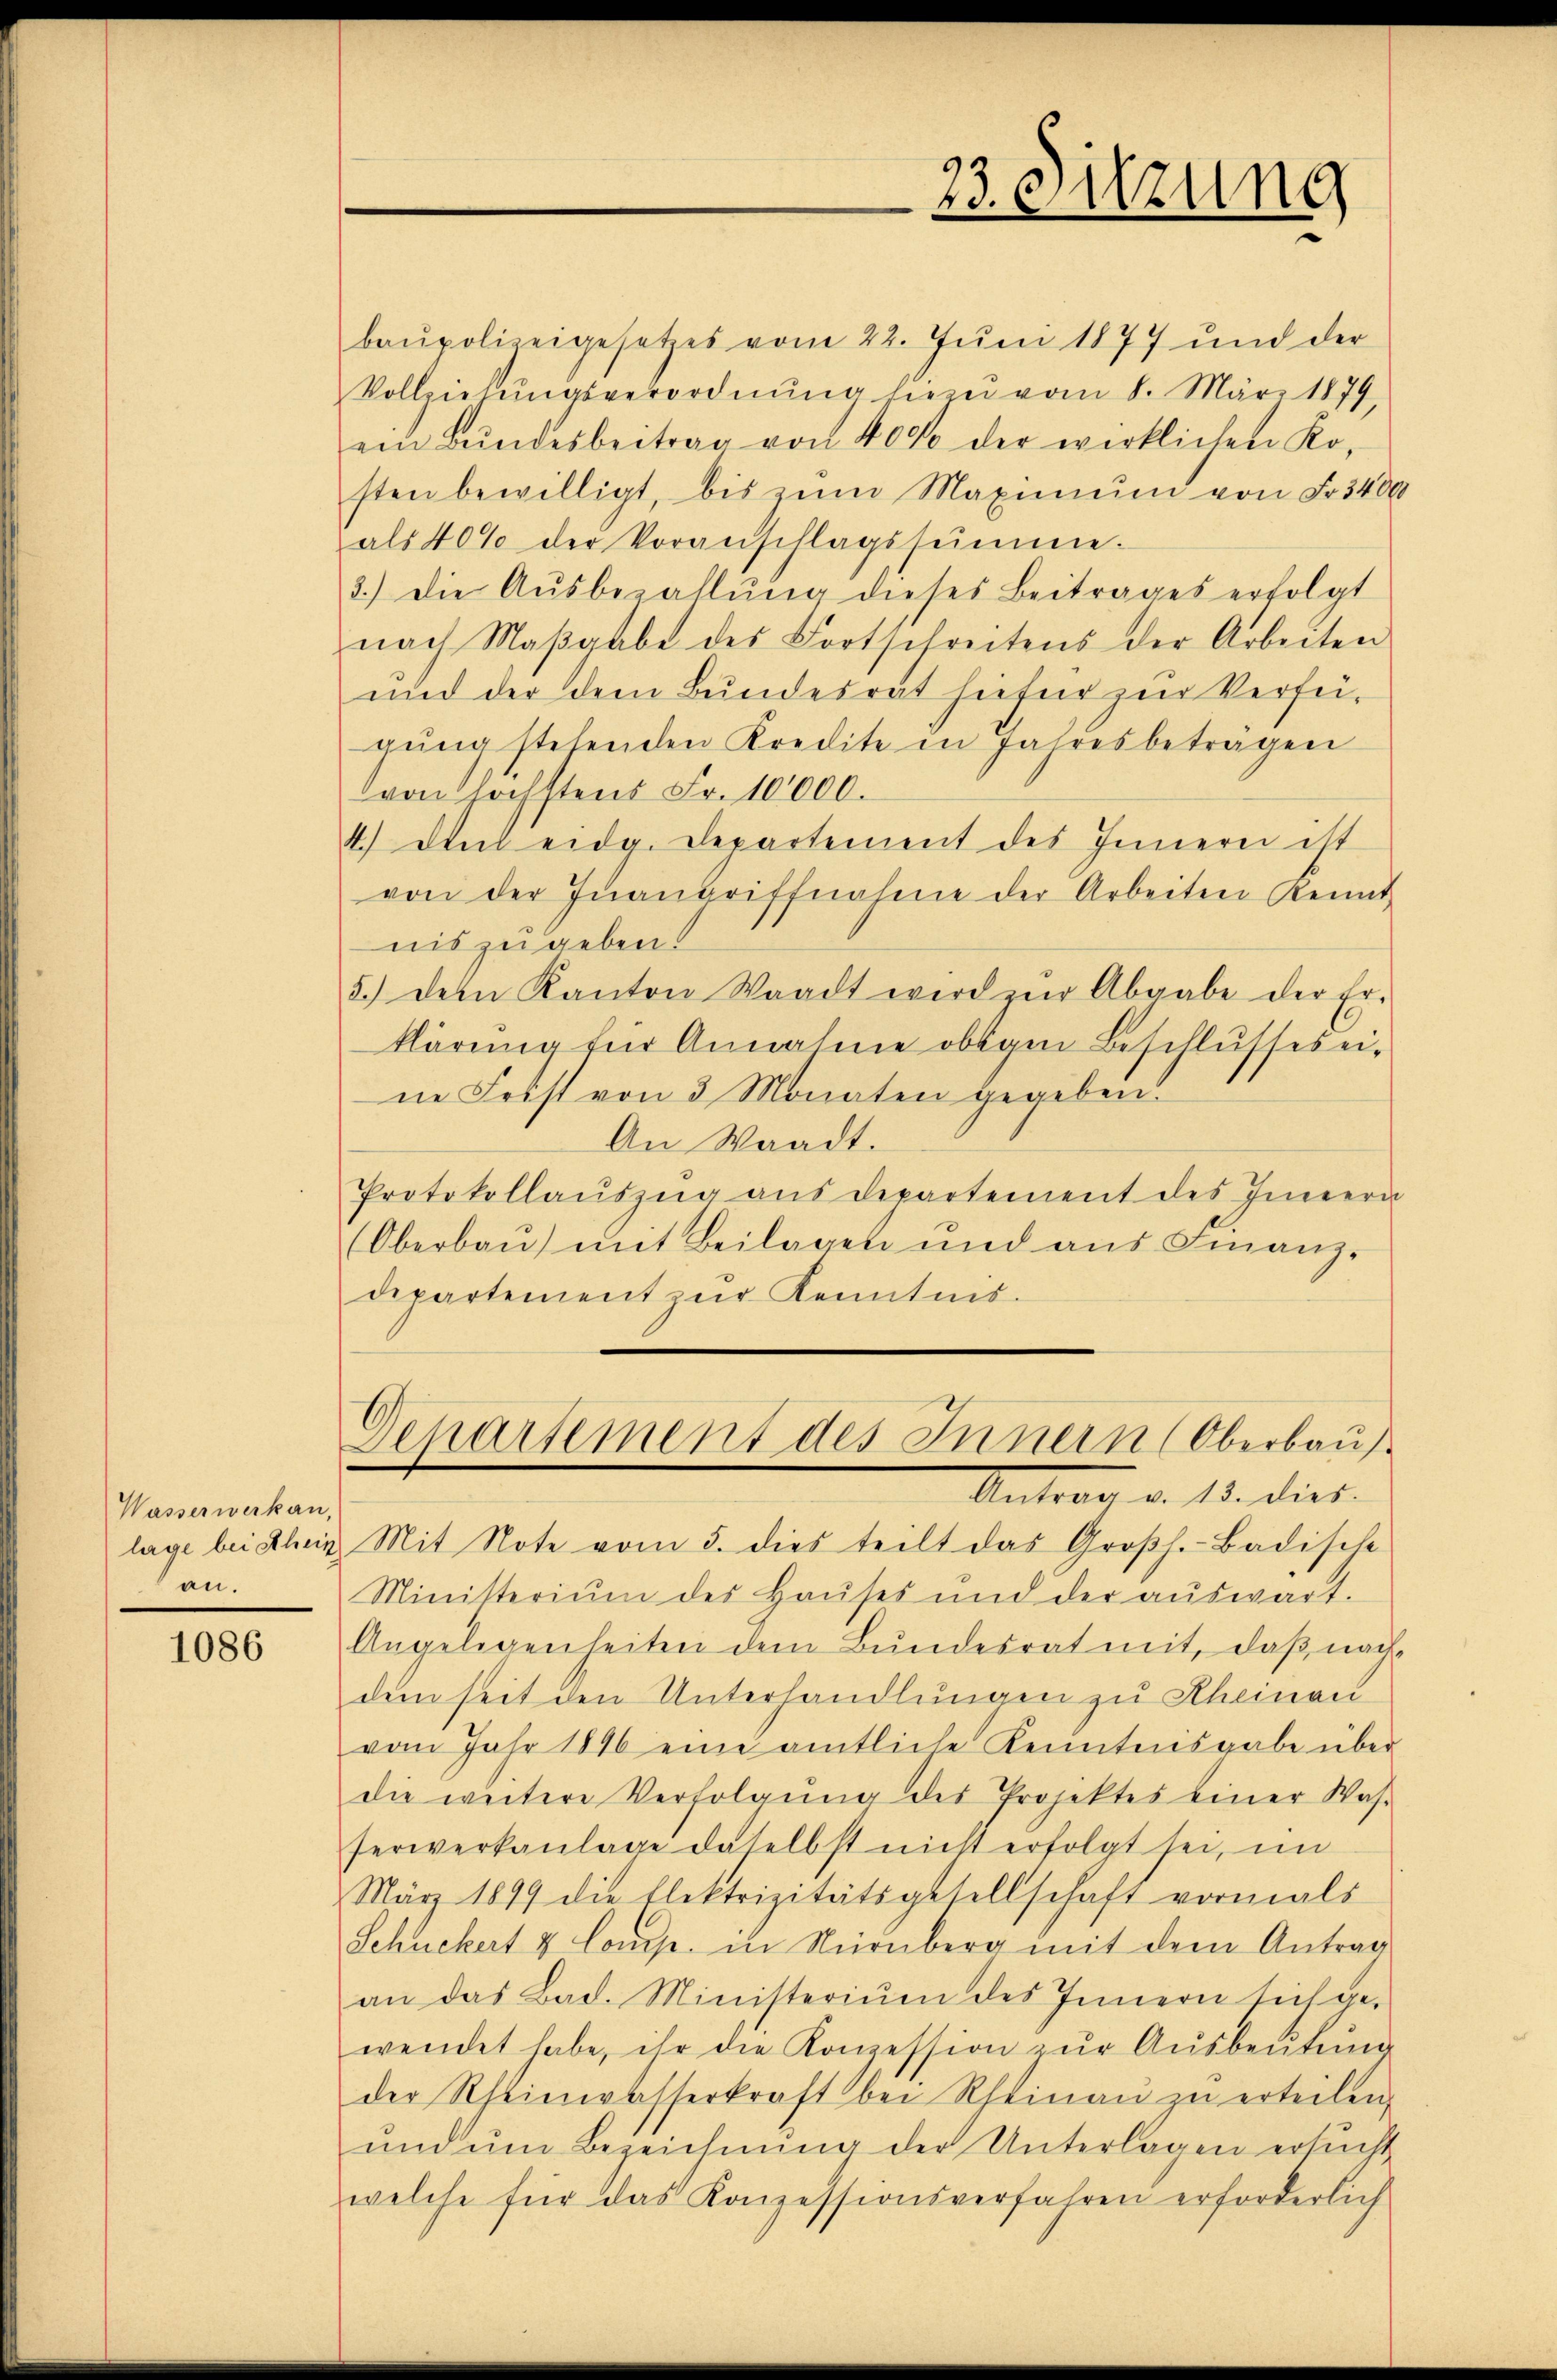
Wasserwerkan,
an.

1086

baupolizeigesetzes vom 22. Jŭni 1877 und der
Vollziehŭngsverordnŭng hiezu vom 8. März 1879,
ein Bŭndesbeitrag von 40% der wirklichen Ko-
sten bewilligt, bis zŭm Maximum von Fr. 3400
als 40% der Voranschlagssumme.
3.) Die Aŭsbezahlŭng dieses Beitrages erfolgt
nach Maβgabe des Fortschreitens der Arbeiten
und der dem Bŭndesrat hiefür zŭr Verfei-
gŭng stehenden Kredite in Jahresbeträgen
von höchstens Fr. 10000.
4.) Das eidg. Departement des Innern ist
von der Inangriffnahme der Arbeiten Kennt
nis zu geben.
5.) dein Kanton Waadt wird zŭr Abgabe der Er-
klärung für Annahme obigen Beschlusses eine Frist von 3 Monaten gegeben.
An Waadt.
Protokollaŭszŭg aŭs departement des Innern
Oberbaŭ) mit Beilagen und aŭs Finanz-
departement zŭr Kenntnis.

23. Sitzung

Departement des Innern (Oberbaus

Anton v. 15. dies
lage bei Klein Mit Note vom 5. dies teilt das Großh.-Badische
Ministerium des Haŭses und der aŭswart.
Angelegenheiten dem Bundesrat mit, daß nachdem seit den Unterhandlungen zu Rheinau
vom Jahr 1846 eine amtliche Kenntnisgabe über
die weitere Verfolgŭng des Projektes einer Was-
serverkanlage daselbst nicht erfolgt sei, im
März 1899 die Elektrizitätsgesellschaft vormals
Schuckert & Comp. in Nürnberg mit dem Antrag
an das Bad. Ministerium des Innern sich ge-
wendet habe, ihr die Konzession zŭr Aŭsbeŭtŭng
der Rheinwasserkraft bei Rheinaŭ zŭ erteilen.
ŭnd ŭm Bezeichnŭng der Unterlagen ersŭcht
welche für das Konzessionsverfahren erforderlich